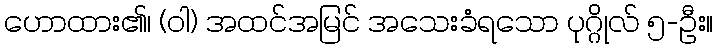
ဟောထား၏၊ (ဝါ) အထင်အမြင် အသေးခံရသော ပုဂ္ဂိုလ် ၅-ဦး။